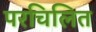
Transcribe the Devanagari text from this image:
परचिलित